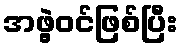
အဖွဲ့ဝင်ဖြစ်ပြီး